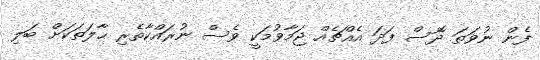
ފެން ނުވަތަ ދޮސް ފަދަ އެއްޗެއް ޖަމާވުމަކީ ވެސް ނުރައްކާތެރި ޙާލަތަކަށް ބަލި